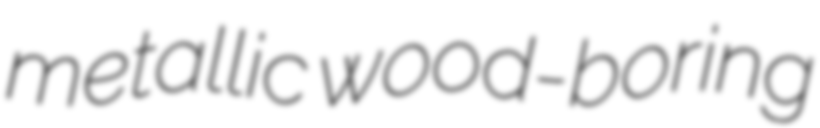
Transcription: metallic wood-boring